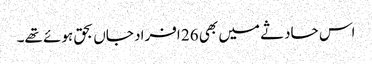
اس حادثے میں بھی 26 افراد جاں بحق ہوئے تھے۔